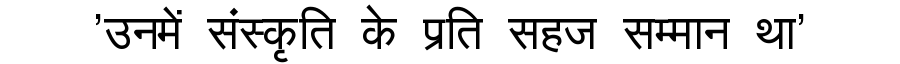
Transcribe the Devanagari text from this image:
'उनमें संस्कृति के प्रति सहज सम्मान था'